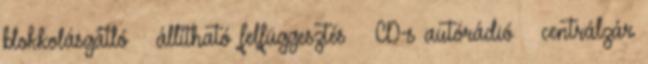
blokkolásgátló – állítható felfüggesztés – CD-s autórádió – centrálzár